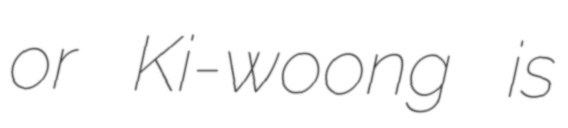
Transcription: or Ki-woong is